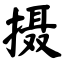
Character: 摄